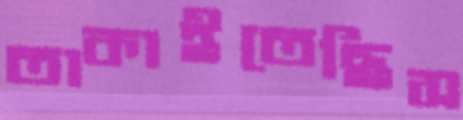
তাকাইতেছিস